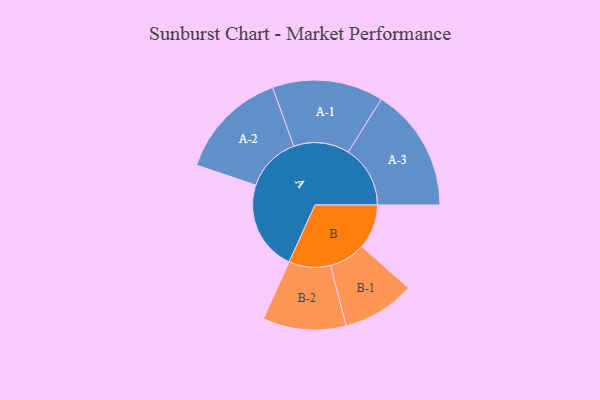
{"axis": {"x": "Segment", "y": "Value"}, "legend": ["", "A", "B"], "data": [{"x": "A", "y": 407, "type": ""}, {"x": "B", "y": 201, "type": ""}, {"x": "A-1", "y": 251, "type": "A"}, {"x": "A-2", "y": 249, "type": "A"}, {"x": "A-3", "y": 280, "type": "A"}, {"x": "B-1", "y": 164, "type": "B"}, {"x": "B-2", "y": 188, "type": "B"}]}